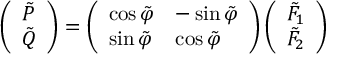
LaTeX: \left( \begin{array} { l } { { \tilde { P } } } \\ { { \tilde { Q } } } \end{array} \right) = \left( \begin{array} { l l } { { \cos \tilde { \varphi } } } & { { - \sin \tilde { \varphi } } } \\ { { \sin \tilde { \varphi } } } & { { \cos \tilde { \varphi } } } \end{array} \right) \left( \begin{array} { l } { { \tilde { F } _ { 1 } } } \\ { { \tilde { F } _ { 2 } } } \end{array} \right)